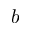
b